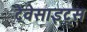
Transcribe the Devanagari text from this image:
ट्रैवेसाइट्स